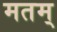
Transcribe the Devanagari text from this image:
मतम्